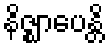
နိဇ္ဈာပေန္တိ